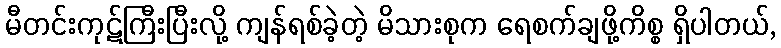
မီတင်းကုဋ်ကြီးပြီးလို့ ကျန်ရစ်ခဲ့တဲ့ မိသားစုက ရေစက်ချဖို့ကိစ္စ ရှိပါတယ်,